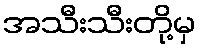
အသီးသီးတို့မှ